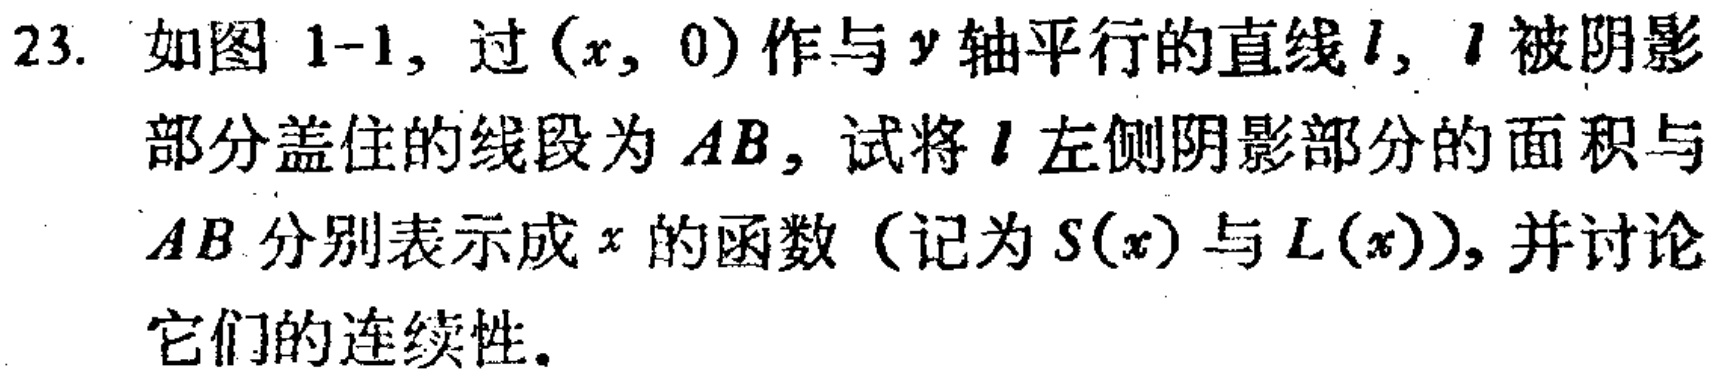
23. 如图 1-1, 过\((x, 0)\)作与\(y\)轴平行的直线\(l\), \(l\)被阴影部分盖住的线段为\(AB\), 试将\(l\)左侧阴影部分的面积与\(AB\)分别表示成\(x\)的函数（记为\(S(x)\)与\(L(x)\)）, 并讨论它们的连续性。